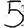
Digit: 5